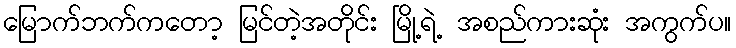
မြောက်ဘက်ကတော့ မြင်တဲ့အတိုင်း မြို့ရဲ့ အစည်ကားဆုံး အကွက်ပ။